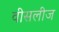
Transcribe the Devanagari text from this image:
वीसलीज